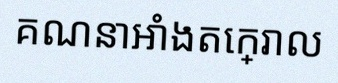
គណនាអាំងតេក្រាល